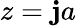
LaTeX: z=\mathbf{j}a